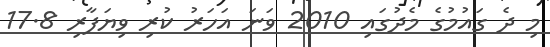
މި ދެ ގައުމުގެ މެދުގައި 2010 ވަނަ އަހަރު ކުރި ވިޔަފާރި 17.8